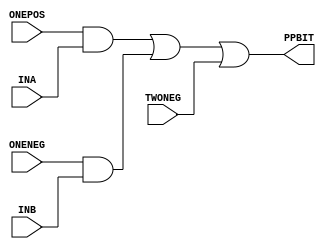
module PP_LOW ( ONEPOS, ONENEG, TWONEG, INA, INB, PPBIT );
input  ONEPOS;
input  ONENEG;
input  TWONEG;
input  INA;
input  INB;
output PPBIT;
   assign PPBIT = (ONEPOS & INA) | (ONENEG & INB) | TWONEG;
endmodule